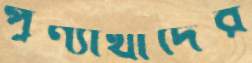
পূণ্যার্থীদের